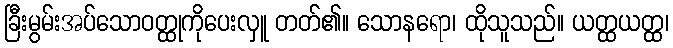
ခြီးမွမ်းအပ်သောဝတ္ထုကိုပေးလှူ တတ်၏။ သောနရော၊ ထိုသူသည်။ ယတ္ထယတ္ထ၊